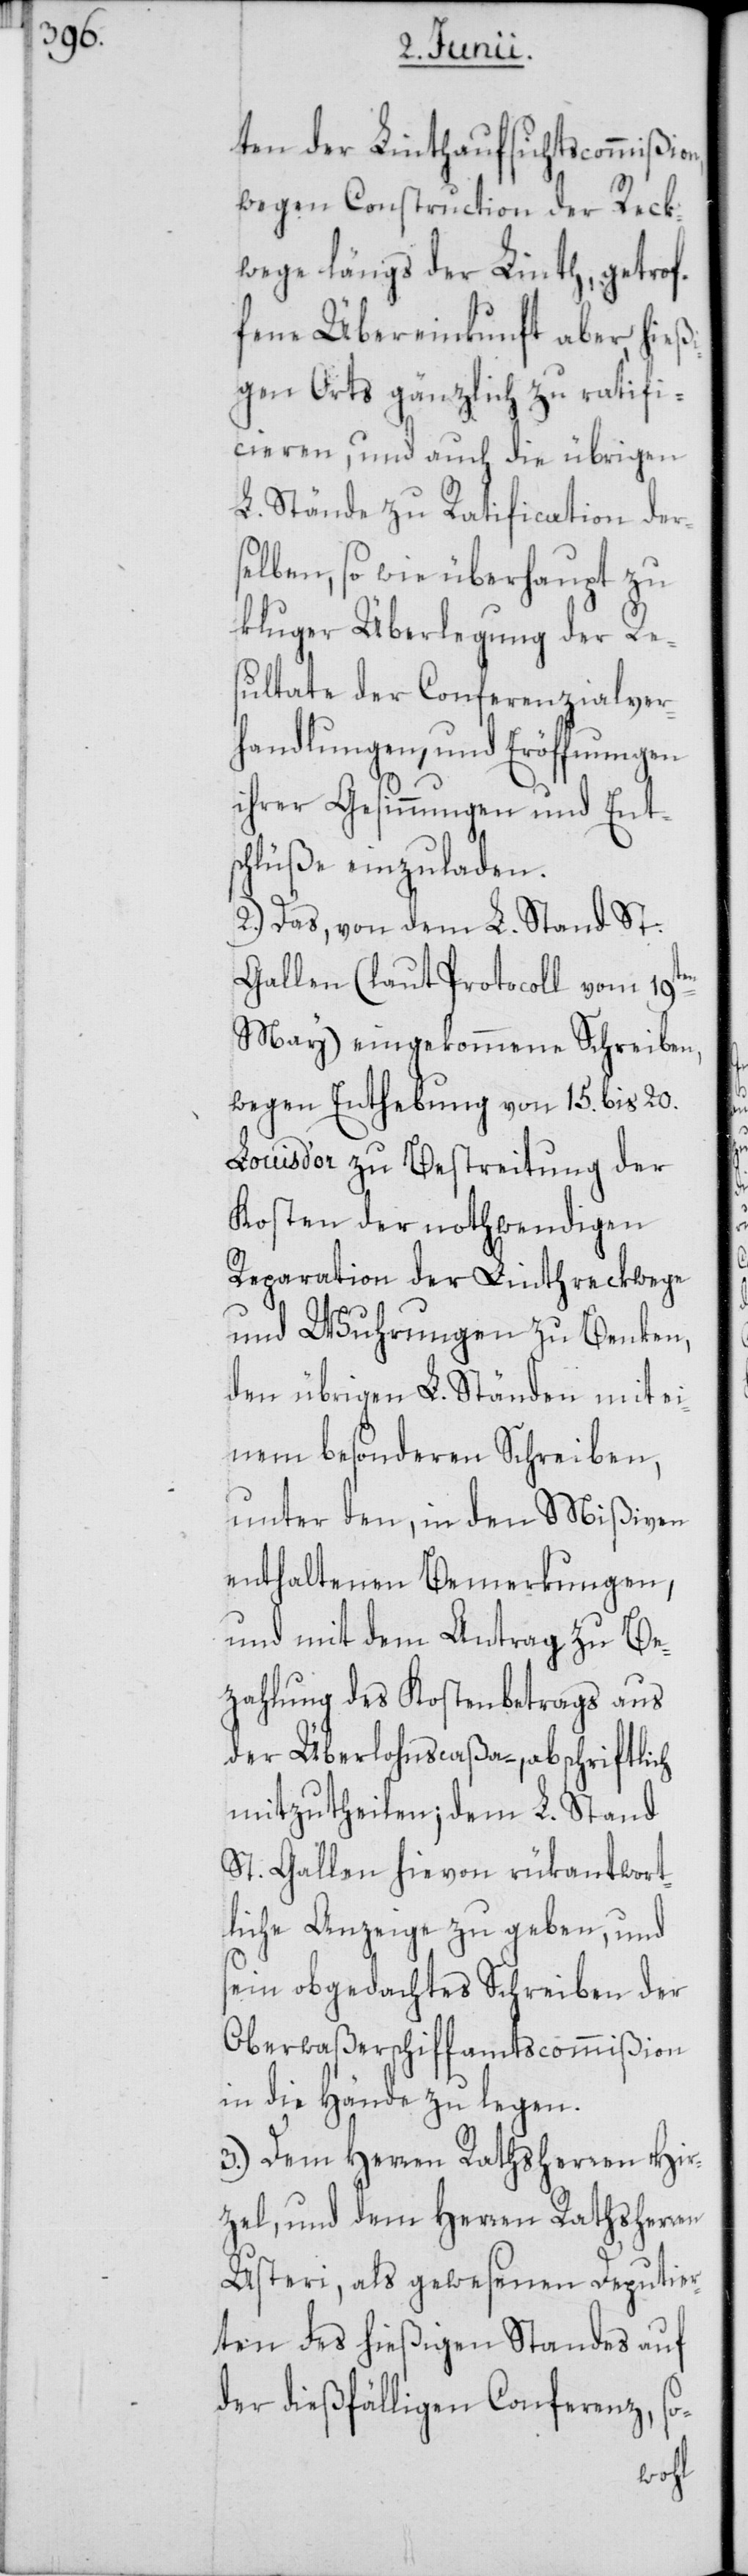
ten der Linthaufsichtscommißion,
wegen Construction der Reck¬
wege längs der Linth, getrof¬
fene Übereinkunft aber, hieß¬
igen Orts gänzlich zu ratifi¬
cieren, und auch die übrigen
L. Stände zu Ratification ders¬
elben, so wie überhaupt zu
kluger Überlegung der Re¬
sultate der Conferenzialver¬
handlungen, und Eröffnungen
ihrer Gesinnungen und Ent¬
schlüße einzuladen.
2.) Das, von dem L. Stand St.
Gallen (laut Protocoll vom 19ten
May) eingekommene Schreiben,
wegen Enthebung von 15. bis 20.
Louis d’or zu Bestreitung der
Kosten der nothwendigen
Reparation der Linthreckwege
und Wuhrungen zu Benken,
den übrigen L. Ständen mit ei¬
nem besonderen Schreiben,
unter den, in den Mißiven
enthaltenen Bemerkungen,
und mit dem Antrag zu Be¬
zahlung des Kostenbetrags aus
der Überlohnscaßa –, abschriftlich
mitzutheilen; dem L. Stand
St. Gallen hievon rükantwort¬
liche Anzeige zu geben, und
sein obgedachtes Schreiben der
Oberwaßerschiffamtscommißion
in die Hände zu legen.
3.) Dem Herren Rathsherren Hir¬
zel, und dem Herren Rathsherren
Usteri, als gewesenen Deputier¬
ten des hießigen Standes auf
der dießfälligen Conferenz, so-